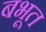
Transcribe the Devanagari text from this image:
बभूत